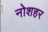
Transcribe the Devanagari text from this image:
नोशहर